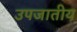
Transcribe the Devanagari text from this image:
उपजातीय